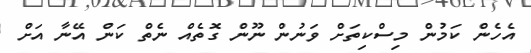
އެހެން ކަމުން މިސްކިތަށް ވަނުން ނޫން ގޮތެއް ނެތް ކަން އޭނާ އަށް